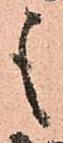
も